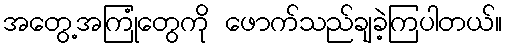
အတွေ့အကြုံတွေကို ဖောက်သည်ချခဲ့ကြပါတယ်။